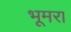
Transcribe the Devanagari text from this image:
भूमरा